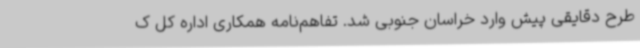
طرح دقایقی پیش وارد خراسان جنوبی شد. تفاهم‌نامه همکاری اداره کل ک